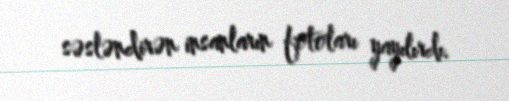
səsləndirən insanların fotoları yayılırdı.